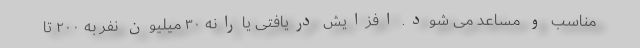
مناسب و مساعد می شود. افزایش دریافتی یارانه ۳۰ میلیون نفر به ۲۰۰ تا